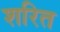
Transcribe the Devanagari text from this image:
शरित